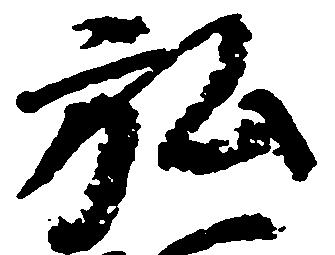
弘